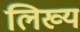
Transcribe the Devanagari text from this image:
लिख्य